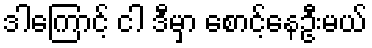
ဒါကြောင့် ငါ ဒီမှာ စောင့်နေဦးမယ်